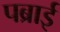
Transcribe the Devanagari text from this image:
पब्राई